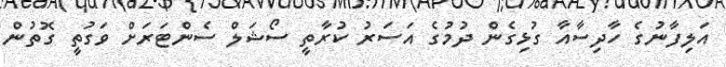
އަލިފާނުގެ ހާދިސާއާ ގުޅިގެން ދުމުގެ އަސަރު ކުރާތީ ސޯޝަލް ސެންޓަރަށް ވަގުތީ ގޮތުން